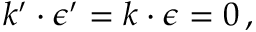
k ^ { \prime } \cdot \epsilon ^ { \prime } = k \cdot \epsilon = 0 \, ,